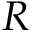
R